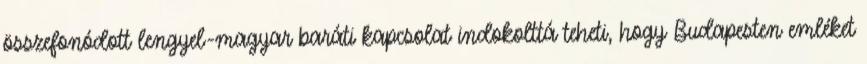
összefonódott lengyel-magyar baráti kapcsolat indokolttá teheti, hogy Budapesten emléket